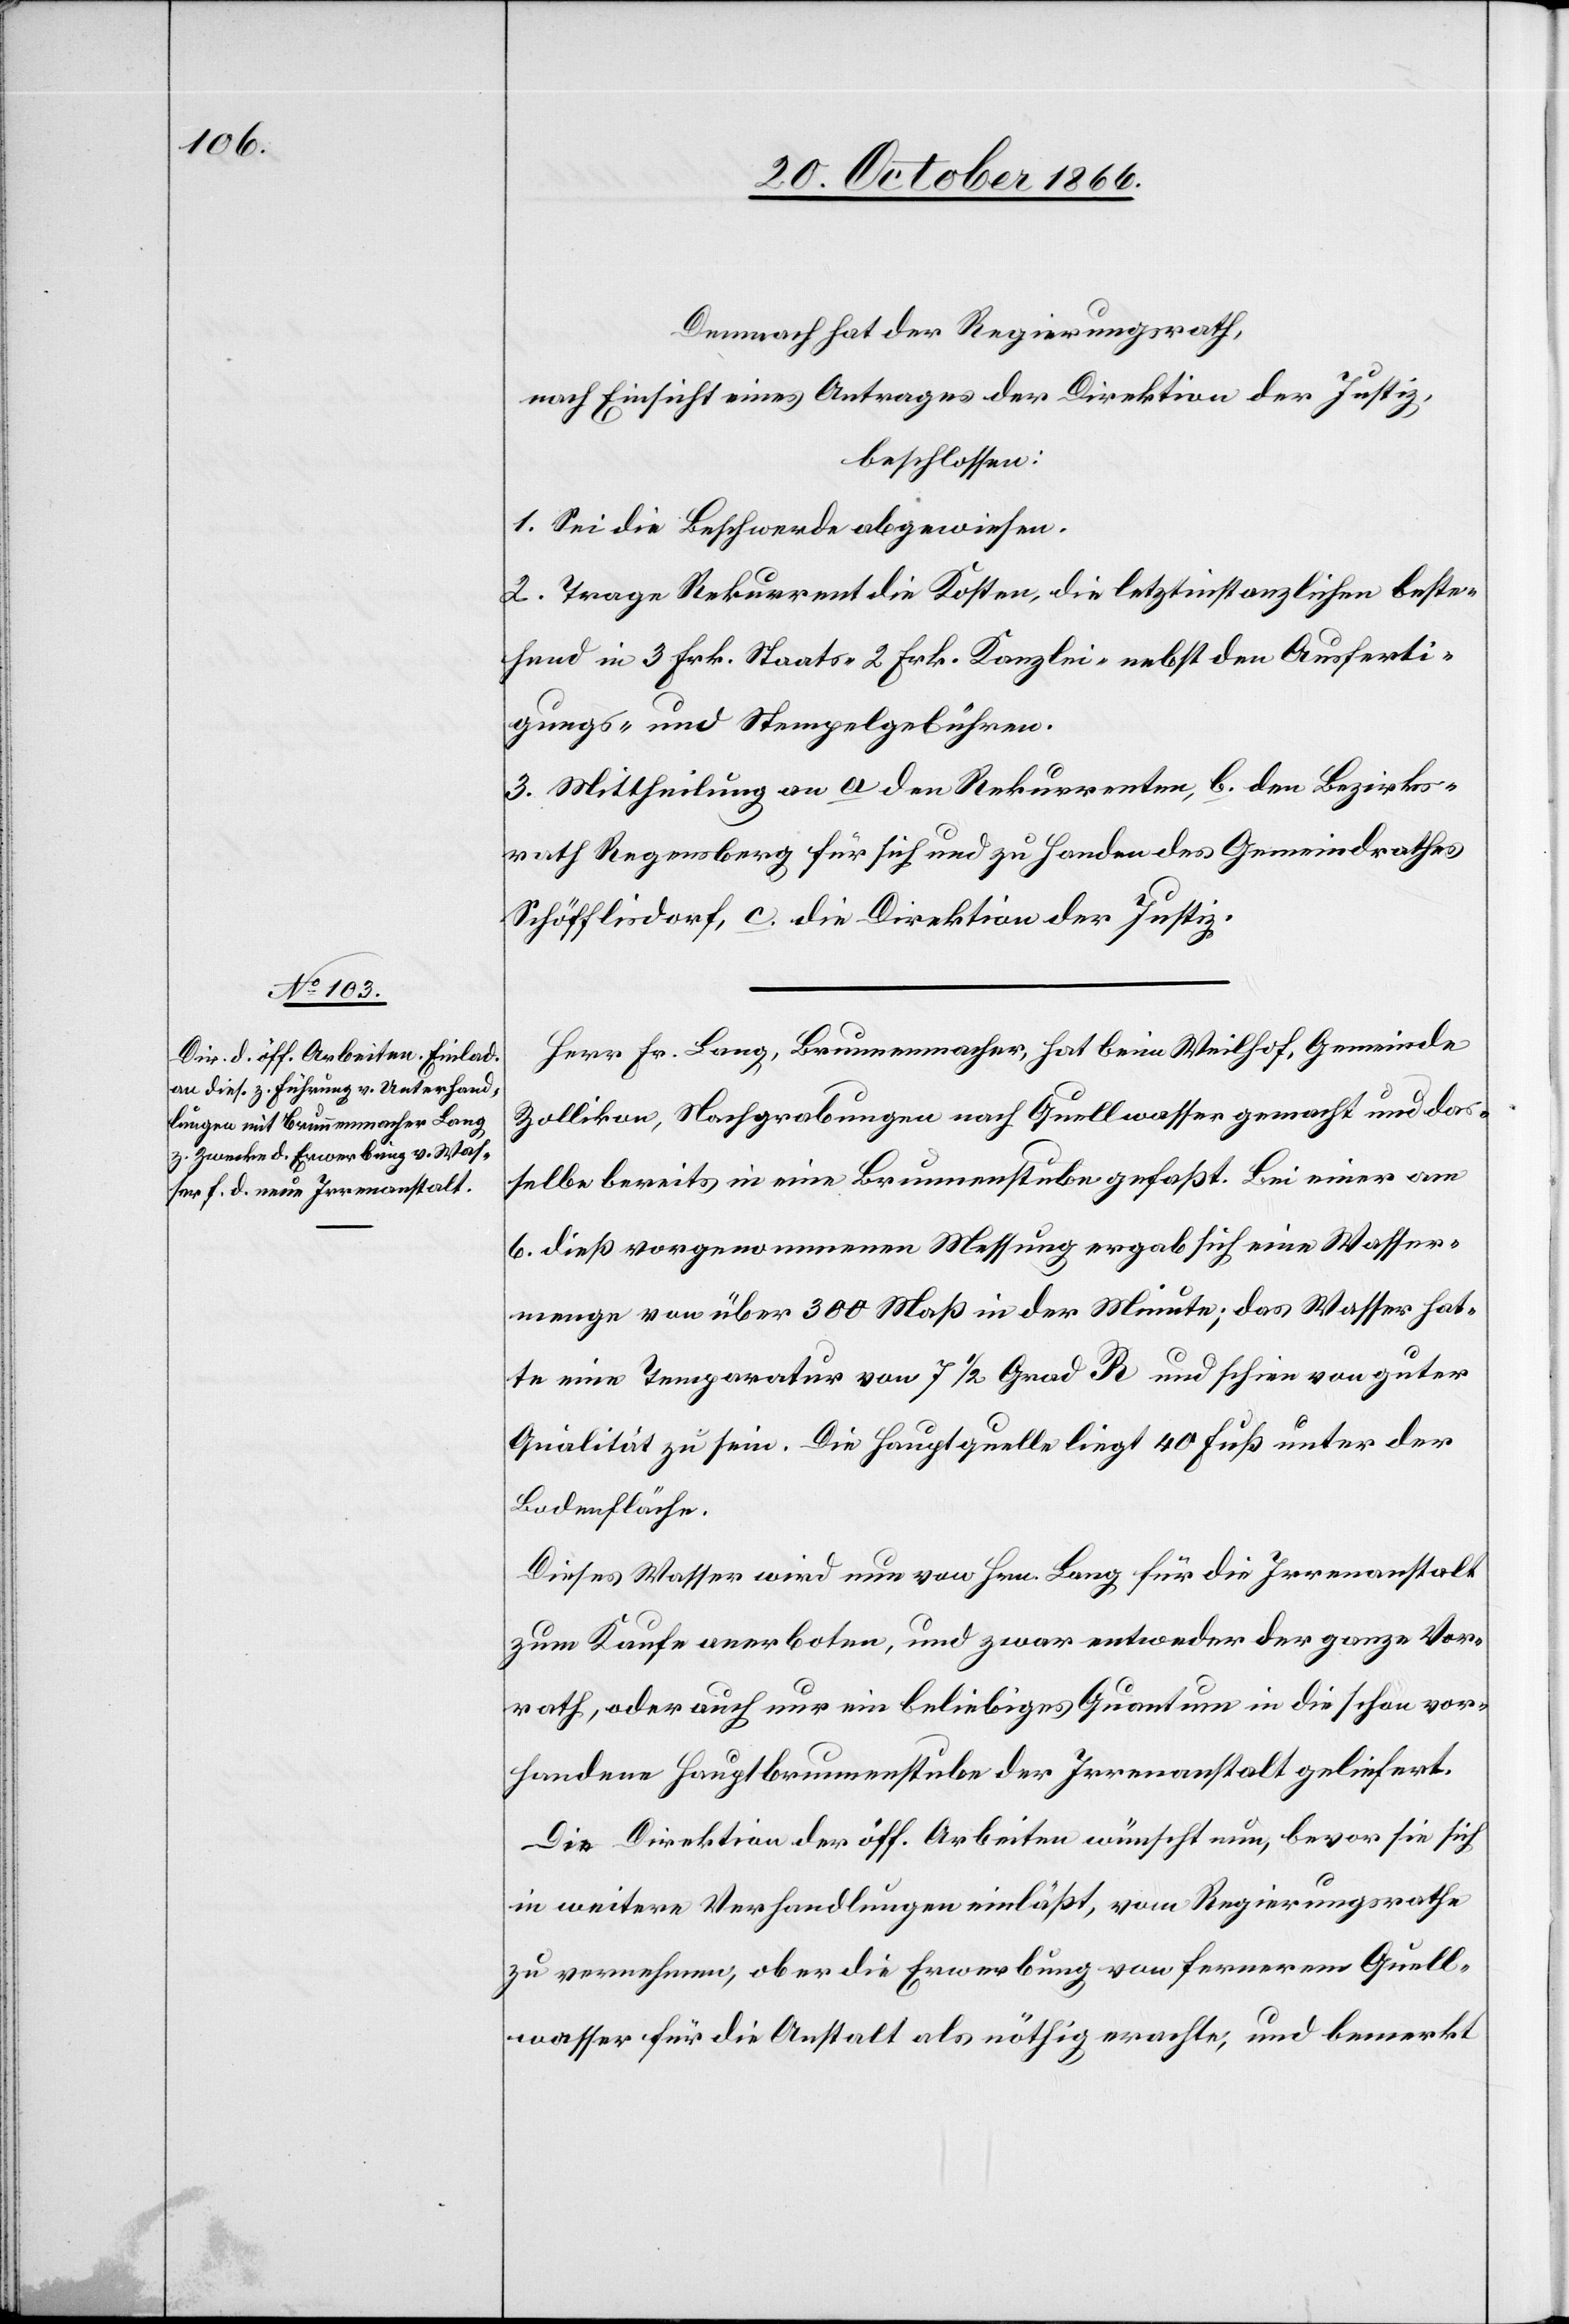
Demnach hat der Regierungsrath,
nach Einsicht eines Antrages der Direktion der Justiz,
beschlossen:
1. Sei die Beschwerde abgewiesen.
2. Trage Rekurrent die Kosten, die letztinstanzlichen beste¬
hend in 3 Frk. Staats-[,] 2 Frk. Kanzlei- nebst den Ausferti¬
gungs- und Stempelgebühren.
3. Mittheilung an a den Rekurrenten, b. den Bezirks¬
rath Regensberg für sich und zu Handen des Gemeindrathes
Schöfflisdorf, c. die Direktion der Justiz.
Herr Fr. Lang, Brunnenmacher, hat beim Weilhof, Gemeinde
Zollikon, Nachgrabungen nach Quellwasser gemacht und da¬
sselbe bereits in eine Brunnenstube gefaßt. Bei einer am
6. dieß vorgenommenen Messung ergab sich eine Wasser¬
menge von über 300 Maß in der Minute; das Wasser hat¬
te eine Temparatur von 7 ½ Grad R und schien von guter
Qualität zu sein. Die Hauptquelle liegt 40 Fuß unter der
Bodenfläche.
Dieses Wasser wird nun von Hrn. Lang für die Irrenanstalt
zum Kaufe anerboten, und zwar entweder der ganze Vor¬
rath, oder auch nur ein beliebiges Quantum in die schon vor¬
handene Hauptbrunnenstube der Irrenanstalt geliefert.
Die Direktion der öff. Arbeiten wünscht nun, bevor sie sich
in weitere Verhandlungen einläßt, vom Regierungsrathe
zu vernehmen, ob er die Erwerbung von fernerem Quell¬
wasser für die Anstalt als nöthig erachte, und bemerkt